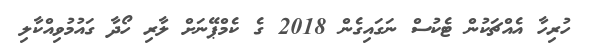
ހުރިހާ އެއްޗަކުން ޓެކުސް ނަގައިގެން 2018 ގެ ކެމްޕޭނަށް ލާރި ހޯދާ ގައުމުވިއްކާލި